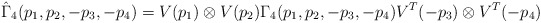
\begin{align*}\hat{\Gamma}_4(p_1, p_2, -p_3, -p_4)=V(p_1)\otimes V(p_2) {\Gamma}_4(p_1, p_2, -p_3, -p_4) V^T(-p_3)\otimes V^T(-p_4)\end{align*}